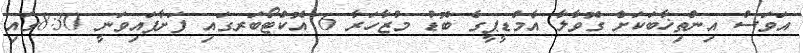
އަވަސް އިންތިޚާބަކަށް ގޮވާލާ އެމްޑީޕީގެ ބޮޑު މުޒާހަރާ 6 އޮކްޓޯބަރގައި ފަށާފައިވަނީ 8:30ގައި